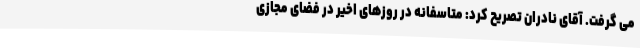
می گرفت. آقای نادران تصریح کرد: متاسفانه در روزهای اخیر در فضای مجازی